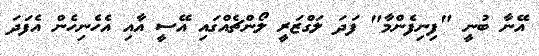
އޭނާ ބުނީ "ފިނިފެންމާ" ފަދަ ލަގްޒަރީ ލޯންޗެއްގައި އޭސީ އާއި އެހެނިހެން އެފަދަ